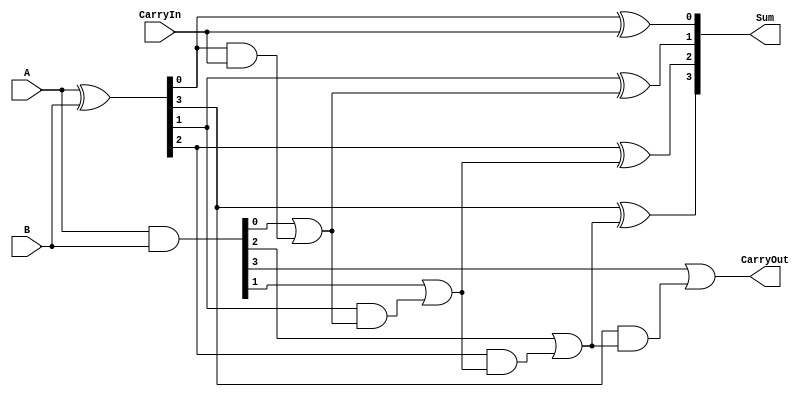
module brent_kung_adder(
    input [3:0] A,
    input [3:0] B,
    input CarryIn,
    output [3:0] Sum,
    output CarryOut
);

wire [3:0] P, G, Propagate;
wire [3:0] C, Carry;

assign P = A ^ B;
assign G = A & B;
assign Propagate[0] = CarryIn;
assign Carry[0] = G[0] | (P[0] & Propagate[0]);
assign Sum[0] = P[0] ^ Propagate[0];

genvar i;
generate
    for (i = 1; i < 4; i = i + 1) begin
        assign Propagate[i] = Carry[i-1];
        assign Carry[i] = G[i] | (P[i] & Propagate[i]);
        assign Sum[i] = P[i] ^ Propagate[i];
    end
endgenerate

assign CarryOut = Carry[3];

endmodule